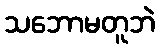
သဘောမတူဘဲ